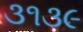
૩૧૩૯